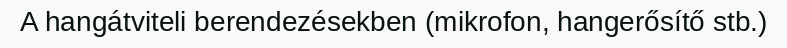
A hangátviteli berendezésekben (mikrofon, hangerősítő stb.)